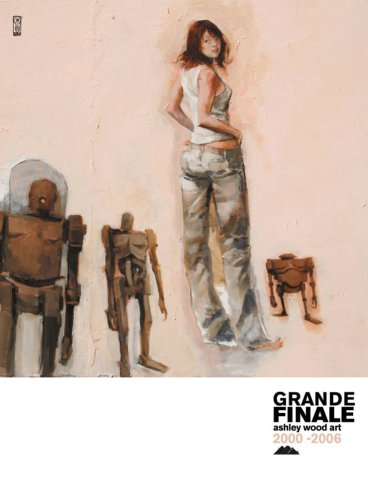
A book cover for Grande Finale; Ashley Wood; Comics & Graphic Novels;